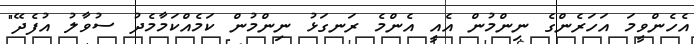
އެހެންވީމަ އަހަރެންގެ ނިންމުން އެއީ އެންމެ ރަނގަޅު ނިންމުން ކަމެއްކަމާމެދު ސުވާލު އުފެދޭ"